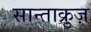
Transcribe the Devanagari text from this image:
सान्ताक्रुज़